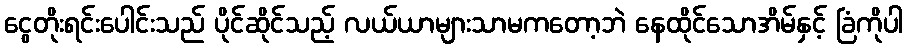
ငွေတိုးရင်းပေါင်းသည် ပိုင်ဆိုင်သည့် လယ်ယာများသာမကတော့ဘဲ နေထိုင်သောအိမ်နှင့် ခြံကိုပါ